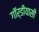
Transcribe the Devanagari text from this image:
गॉर्डीयासी